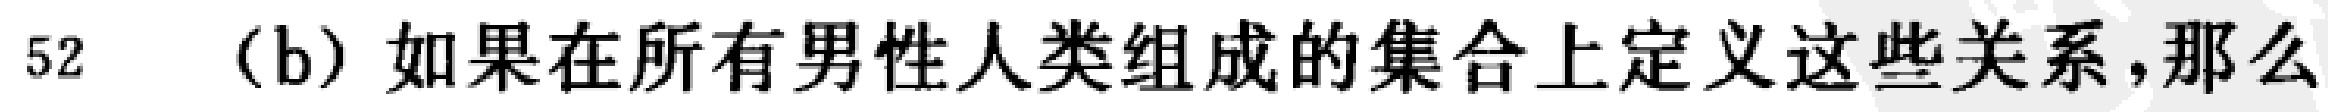
52 (b) 如果在所有男性人类组成的集合上定义这些关系,那么